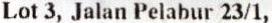
LOT 3, JALAN PELABUR 23/1,